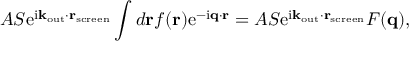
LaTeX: A S \mathrm { e } ^ { \mathrm { i } \mathbf { k } _ { \mathrm { o u t } } \cdot \mathbf { r } _ { \mathrm { s c r e e n } } } \int d \mathbf { r } f ( \mathbf { r } ) \mathrm { e } ^ { - \mathrm { i } \mathbf { q } \cdot \mathbf { r } } = A S \mathrm { e } ^ { \mathrm { i } \mathbf { k } _ { \mathrm { o u t } } \cdot \mathbf { r } _ { \mathrm { s c r e e n } } } F ( \mathbf { q } ) ,